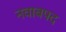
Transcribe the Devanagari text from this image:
नवाबपद